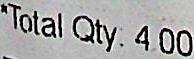
*TOTAL QTY: 4.00